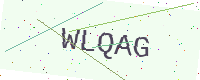
Text: WLQAG